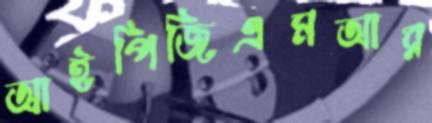
আইপিজিএমআর